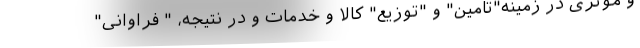
و موثری در زمینه"تامین" و "توزیع" کالا و خدمات و در نتیجه، " فراوانی"